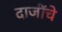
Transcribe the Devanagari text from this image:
दाजींचे